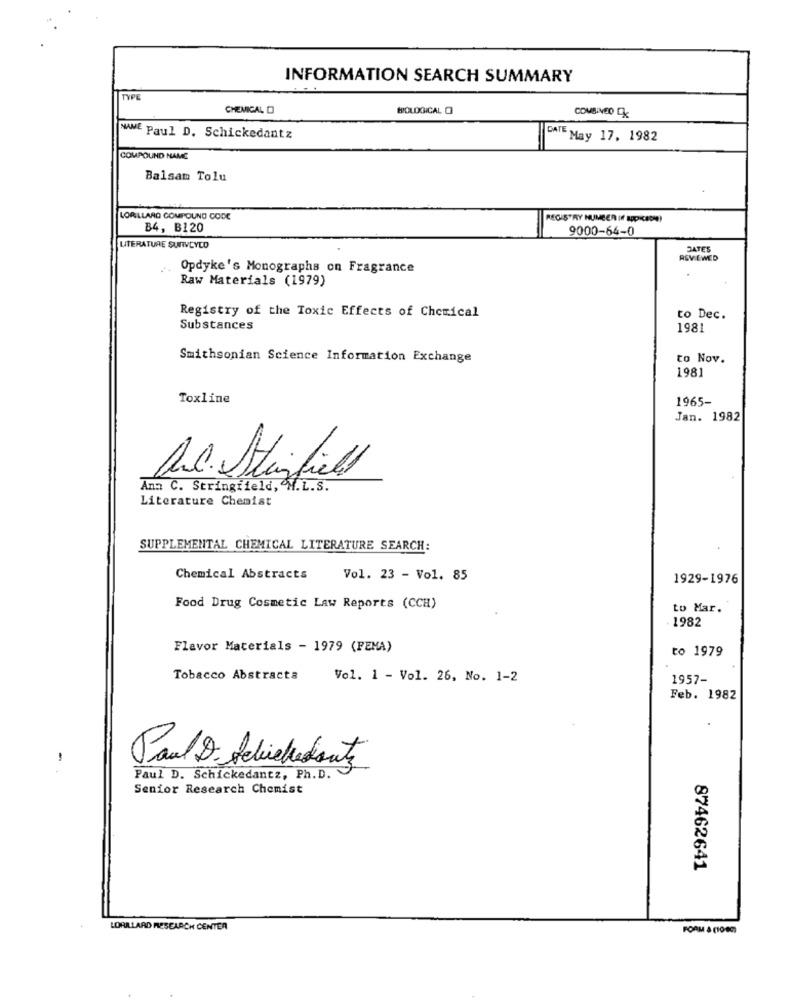
INFORMATION SEARCH SUMMARY
TYPE
CHEMICAL D
WOLOGICAL O
COMBINED EK
NAME Paul D. Schickedantz
DATE May 17, 1982
COMPOUND NAME
Balsam Tolu
LORILLARD COMPOUND CODE
REGISTRY NUMBER If SODICACH)
B4, B120
9000-64-0
LITERATURE SURVEYED
DATES
ASVIEWED
.. Opdyke's Monographs on Fragrance
Raw Materials (1979)
Registry of the Toxic Effects of Chemical
to Dec.
Substances
1981
Smithsonian Science Information Exchange
to Nov.
1981
Toxline
1965-
Jan. 1982
Ann C. Stringfield, M.L.S.
Literature Chemist
SUPPLEMENTAL CHEMICAL LITERATURE SEARCH:
Chemical Abstracts
Vol. 23 - Vo1. 85
1929-1976
Food Drug Cosmetic Law Reports (CCH)
to Mar.
1982
Flavor Materials - 1979 (FEMA)
to 1979
Tobacco Abstracta
Vol. 1 - Vol. 26, No. 1-2
1957-
Feb. 1982
Paul D believedants
Paul D. Schickedantz, Ph.D.
Senior Research Chemist
87462641
LORILLARD RESEARCH CENTER